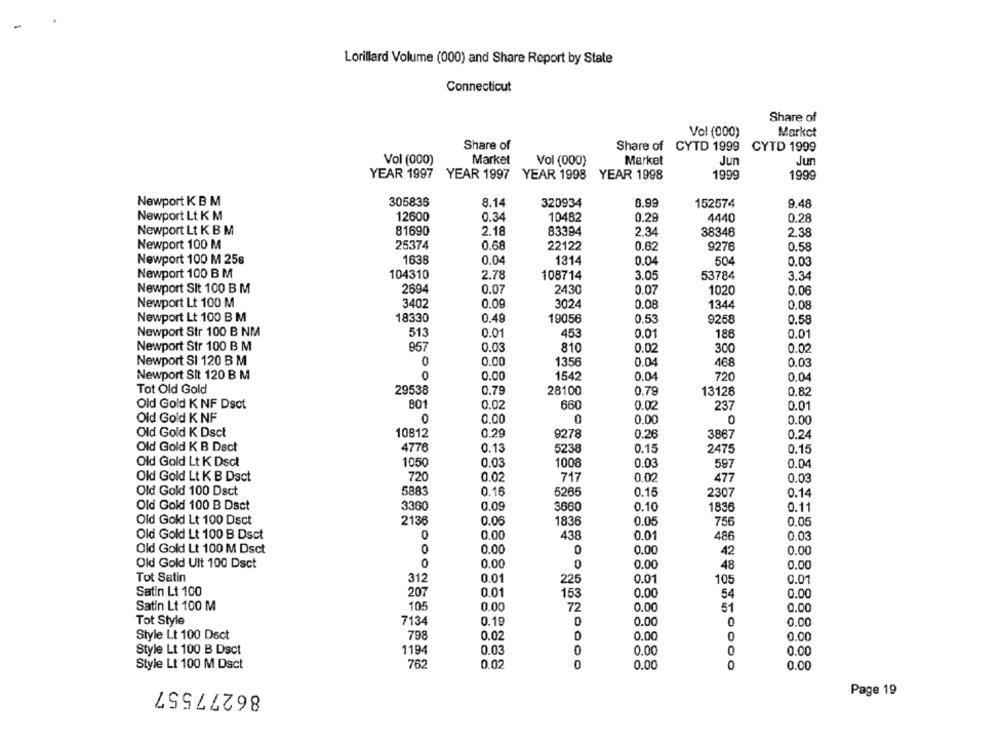
Lorillard Volume (000) and Share Report by State
Connecticut
Share of
Vol (000)
Market
Share of
Share of CYTD 1999
CYTD 1999
Vol (000)
Market
Vol (000)
Market
Jun
Jun
YEAR 1997
YEAR 1997
YEAR 1998
YEAR 1998
1999
1999
Newport K B M
305835
8.14
320934
0.99
152574
9.48
Newport Lt K M
12600
0.34
10482
0.29
4440
0.28
Newport Lt K B M
81690
2.18
83394
2.34
38346
2.38
Newport 100 M
25374
0.68
22122
0.62
9276
0.58
Newport 100 M 256
1638
0.04
1314
0.04
504
0.03
Newport 100 B M
104310
2.78
3.05
108714
53784
3.34
Newport Sit 100 B M
2694
0.07
2430
1020
0.07
0.06
Newport Lt 100 M
3402
0.09
3024
0.08
1344
0.08
Newport Lt 100 B M
18330
0.49
19056
0.53
9258
0.58
Newport Str 100 B NM
513
0.01
453
0.01
186
0.01
Newport Str 100 B M
957
0.03
810
0.02
300
0.02
Newport SI 120 B M
0
0.00
1356
0.04
468
0.03
Newport Sit 120 B M
0
0.00
1542
0.04
720
0.04
Tot Old Gold
29538
0.79
28100
0.79
13128
0.82
Old Gold K NF Dsct
801
0.02
660
0.02
237
0.01
Old Gold K NF
0
0.00
0.00
0
0.00
Old Gold K Dsct
10812
0.29
9278
0.26
3867
0.24
Old Gold K B Dact
4776
0.13
5238
0.15
2475
0.15
Old Gold Lt K Dsct
1050
0.03
1008
0.03
597
0.04
Old Gold Lt K B Dsct
720
0.02
717
0.02
477
0.03
5883
Old Gold 100 Dsct
0.16
5265
0.15
2307
0.14
Old Gold 100 B Dsct
3360
0.09
3660
0.10
1836
0.11
Old Gold Lt 100 Dsct
2136
0.06
1836
0.05
756
0.05
Old Gold Lt 100 B Dsct
0.00
438
0.01
486
0.03
Old Gold Lt 100 M Dsct
0
0.00
0
0.00
0.00
42
Old Gold Ult 100 Dsct
0
0.00
0
0.00
48
0.00
Tot Satin
312
0.01
225
0.01
0.01
105
Satin Lt 100
207
0.01
153
0.00
0.00
54
Satin Lt 100 M
105
0.00
72
0.00
51
0.00
Tot Style
7134
0.19
0
0.00
0
0.00
Style Lt 100 Dect
798
0.02
0
0.00
0
0.00
Style Lt 100 B Dsct
1194
0.03
0
0.00
0
0.00
Style Lt 100 M Dsct
762
0.02
0
0.00
0
0.00
86277557
Page 19